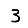
Digit: 3